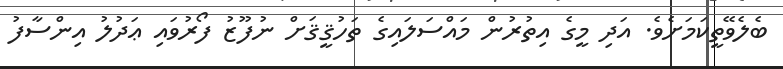
ބެލެވޭތީކަމަށެވެ. އަދި މީގެ އިތުރުން މައްސަލައިގެ ތަހުޤީޤަށް ނުފޫޒު ފޯރުވައި ޢަދުލު އިންސާފު